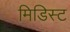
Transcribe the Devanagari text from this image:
मिडिस्ट